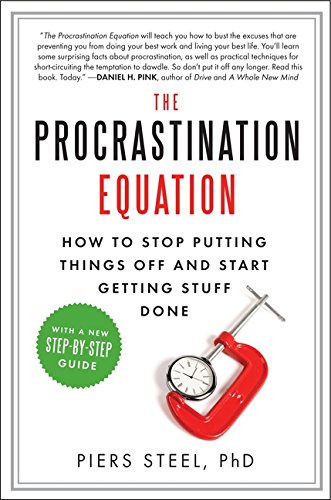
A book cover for The Procrastination Equation: How to Stop Putting Things Off and Start Getting Stuff Done; Piers, PhD Steel; Self-Help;